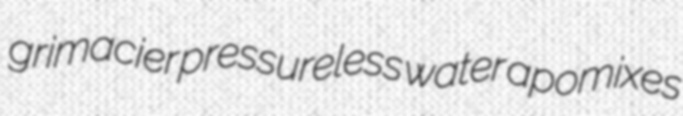
grimacier pressureless water apomixes